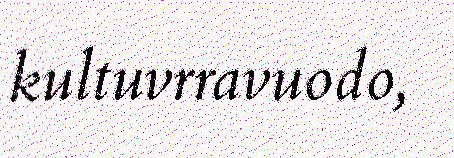
kultuvrravuodo,